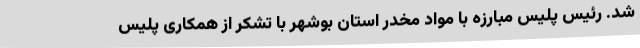
شد. رئیس پلیس مبارزه با مواد مخدر استان بوشهر با تشکر از همکاری پلیس